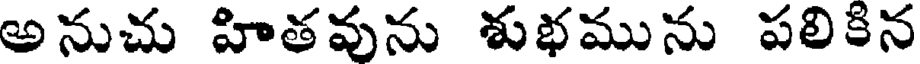
అనుచు హితవును శుభమును పలికిన